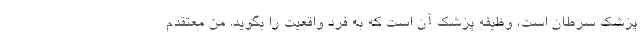
پزشک سرطان است، وظیفه پزشک آن است که به فرد واقعیت را بگوید. من معتقدم